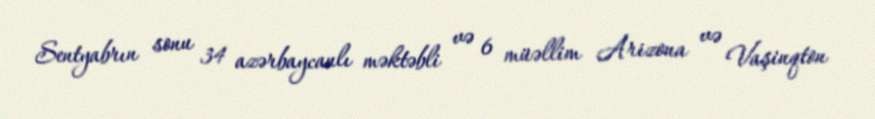
Sentyabrın sonu 34 azərbaycanlı məktəbli və 6 müəllim Arizona və Vaşinqton